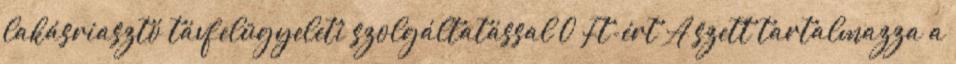
lakásriasztó távfelügyeleti szolgáltatással 0 Ft-ért A szett tartalmazza a